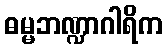
ဓမ္မဘဏ္ဍာဂါရိက